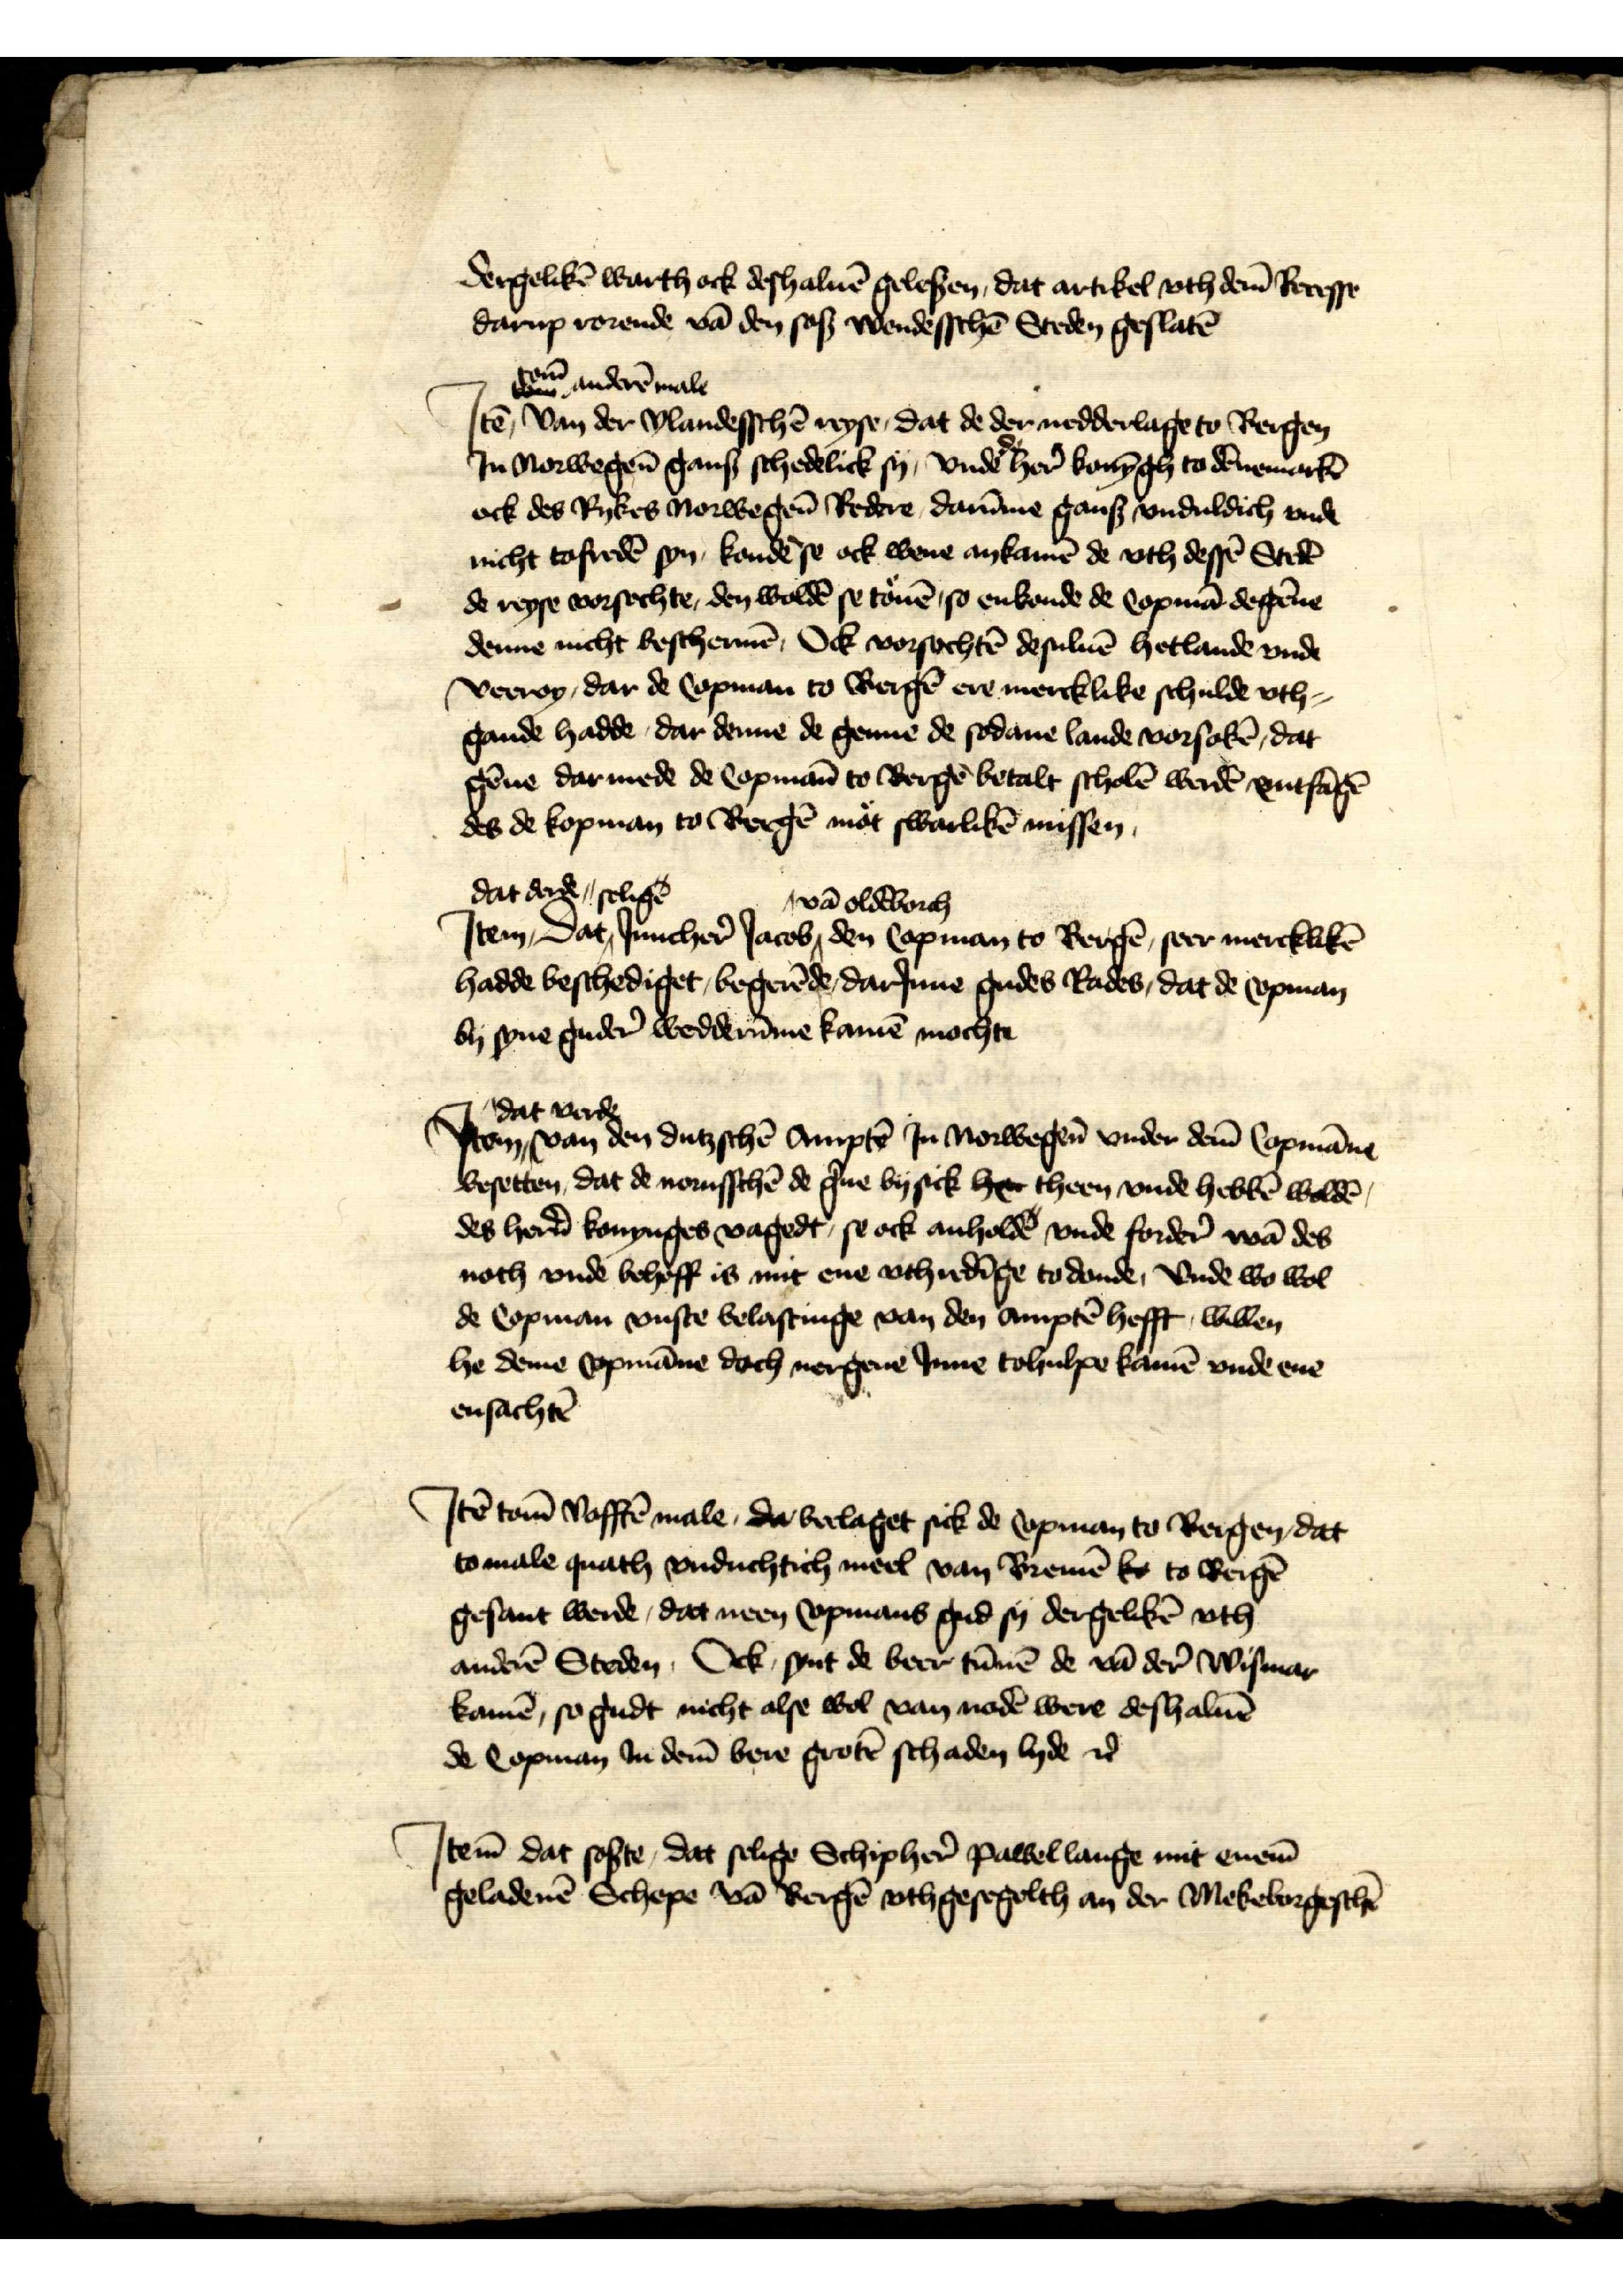
dergelikē warthock deshaluē gelesen, dat artikel vth dem̄ Recesse
darup rorende vā den soß wendesschē Steden geslatē

Jꝷ tom̄ anderē male Van der Vlandesschē reyse, dat de der nedderlage to Bergen
Jn Norwegen gans schedelick sy, vnde de her̉ konȳgh to dēnemarkē
ock des Rykes Norwegen̄ Redere, darūme gans vnduldich vnde
nicht tofredē syn kondē se ock wene ankamē de vth dessē Stedē
de reyse vorsochte, den woldē se touē so enkonde de Copmā degēne
denne nicht beschermē, Ock vorsochtē desuluē Hetlande vnde
Veeroy, dar de Copman to Bergē ere mercklike schulde vth¬
gande hadde, dar denne de genne de sodane lande vorsokē, dat
gēne darmede de Copman̄ to Bergē betalt scholē werdē entfāgē
des de kopman to Bergē mot swarlikē missen

Jtem dat derde Dat seligē Jnncher̉ Jacob vā Oldēborch den Copman to Bergē, seer mercklikē
hadde beschediget, begerēde, darJnne gudes Rades, dat de Copman
by syne guder̉ wedderūme kamē mochte

Jtem dat verde van den dutzschē Amptē Jn Norwegen vnder dem̄ Copmāne
besetten, dat de norusschē de g̉ne bysick her theen vnde hebbē woldē
des her̉n konynges vagedt, se ock anholdē vnde forder̉ wā des
noth vnde behoff is mit ene vthredīge to donde, vnde wo wol
de Copman vuste belastinge van den amptē hefft, willen
he deme Copmāne doch nergene Jnne tohulpe kamē vnde ene
ensachtē

Jtē tom̄ Vofftē male, da beclaget sick de Copman to Bergen, dat
to male quath vnduchtich meel van Bremē ko to Bergē
gesant werde, dat neen Copmans gud sy dergelikē vth
anderē Steden, Ock, synt de beer tūnē de vā der Wismar
kamē, so gudt nicht alse wol van nodē were deshaluē
de Copman Jn dem̄ bere grotē schaden lyde et̉

Jtem dat soste, dat selige Schipher̉ Pawel Lange mit enem̄
geladenē Schepe vā Bergē vthgesegelth an der Mekeborgeschē